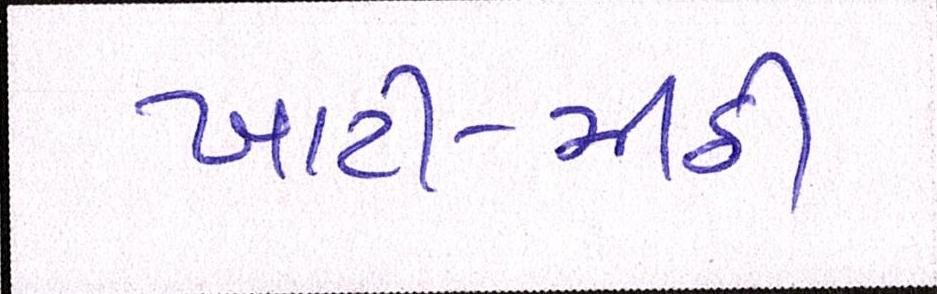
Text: ખાટી-મીઠી